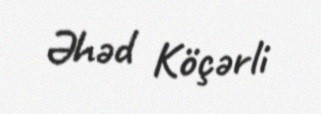
Əhəd Köçərli